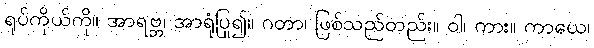
ရုပ်ကိုယ်ကို။ အာရဗ္ဘ၊ အာရုံပြု၍။ ဂတာ၊ ဖြစ်သည်တည်း။ ဝါ၊ ကား။ ကာယေ၊